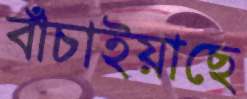
বাঁচাইয়াছে